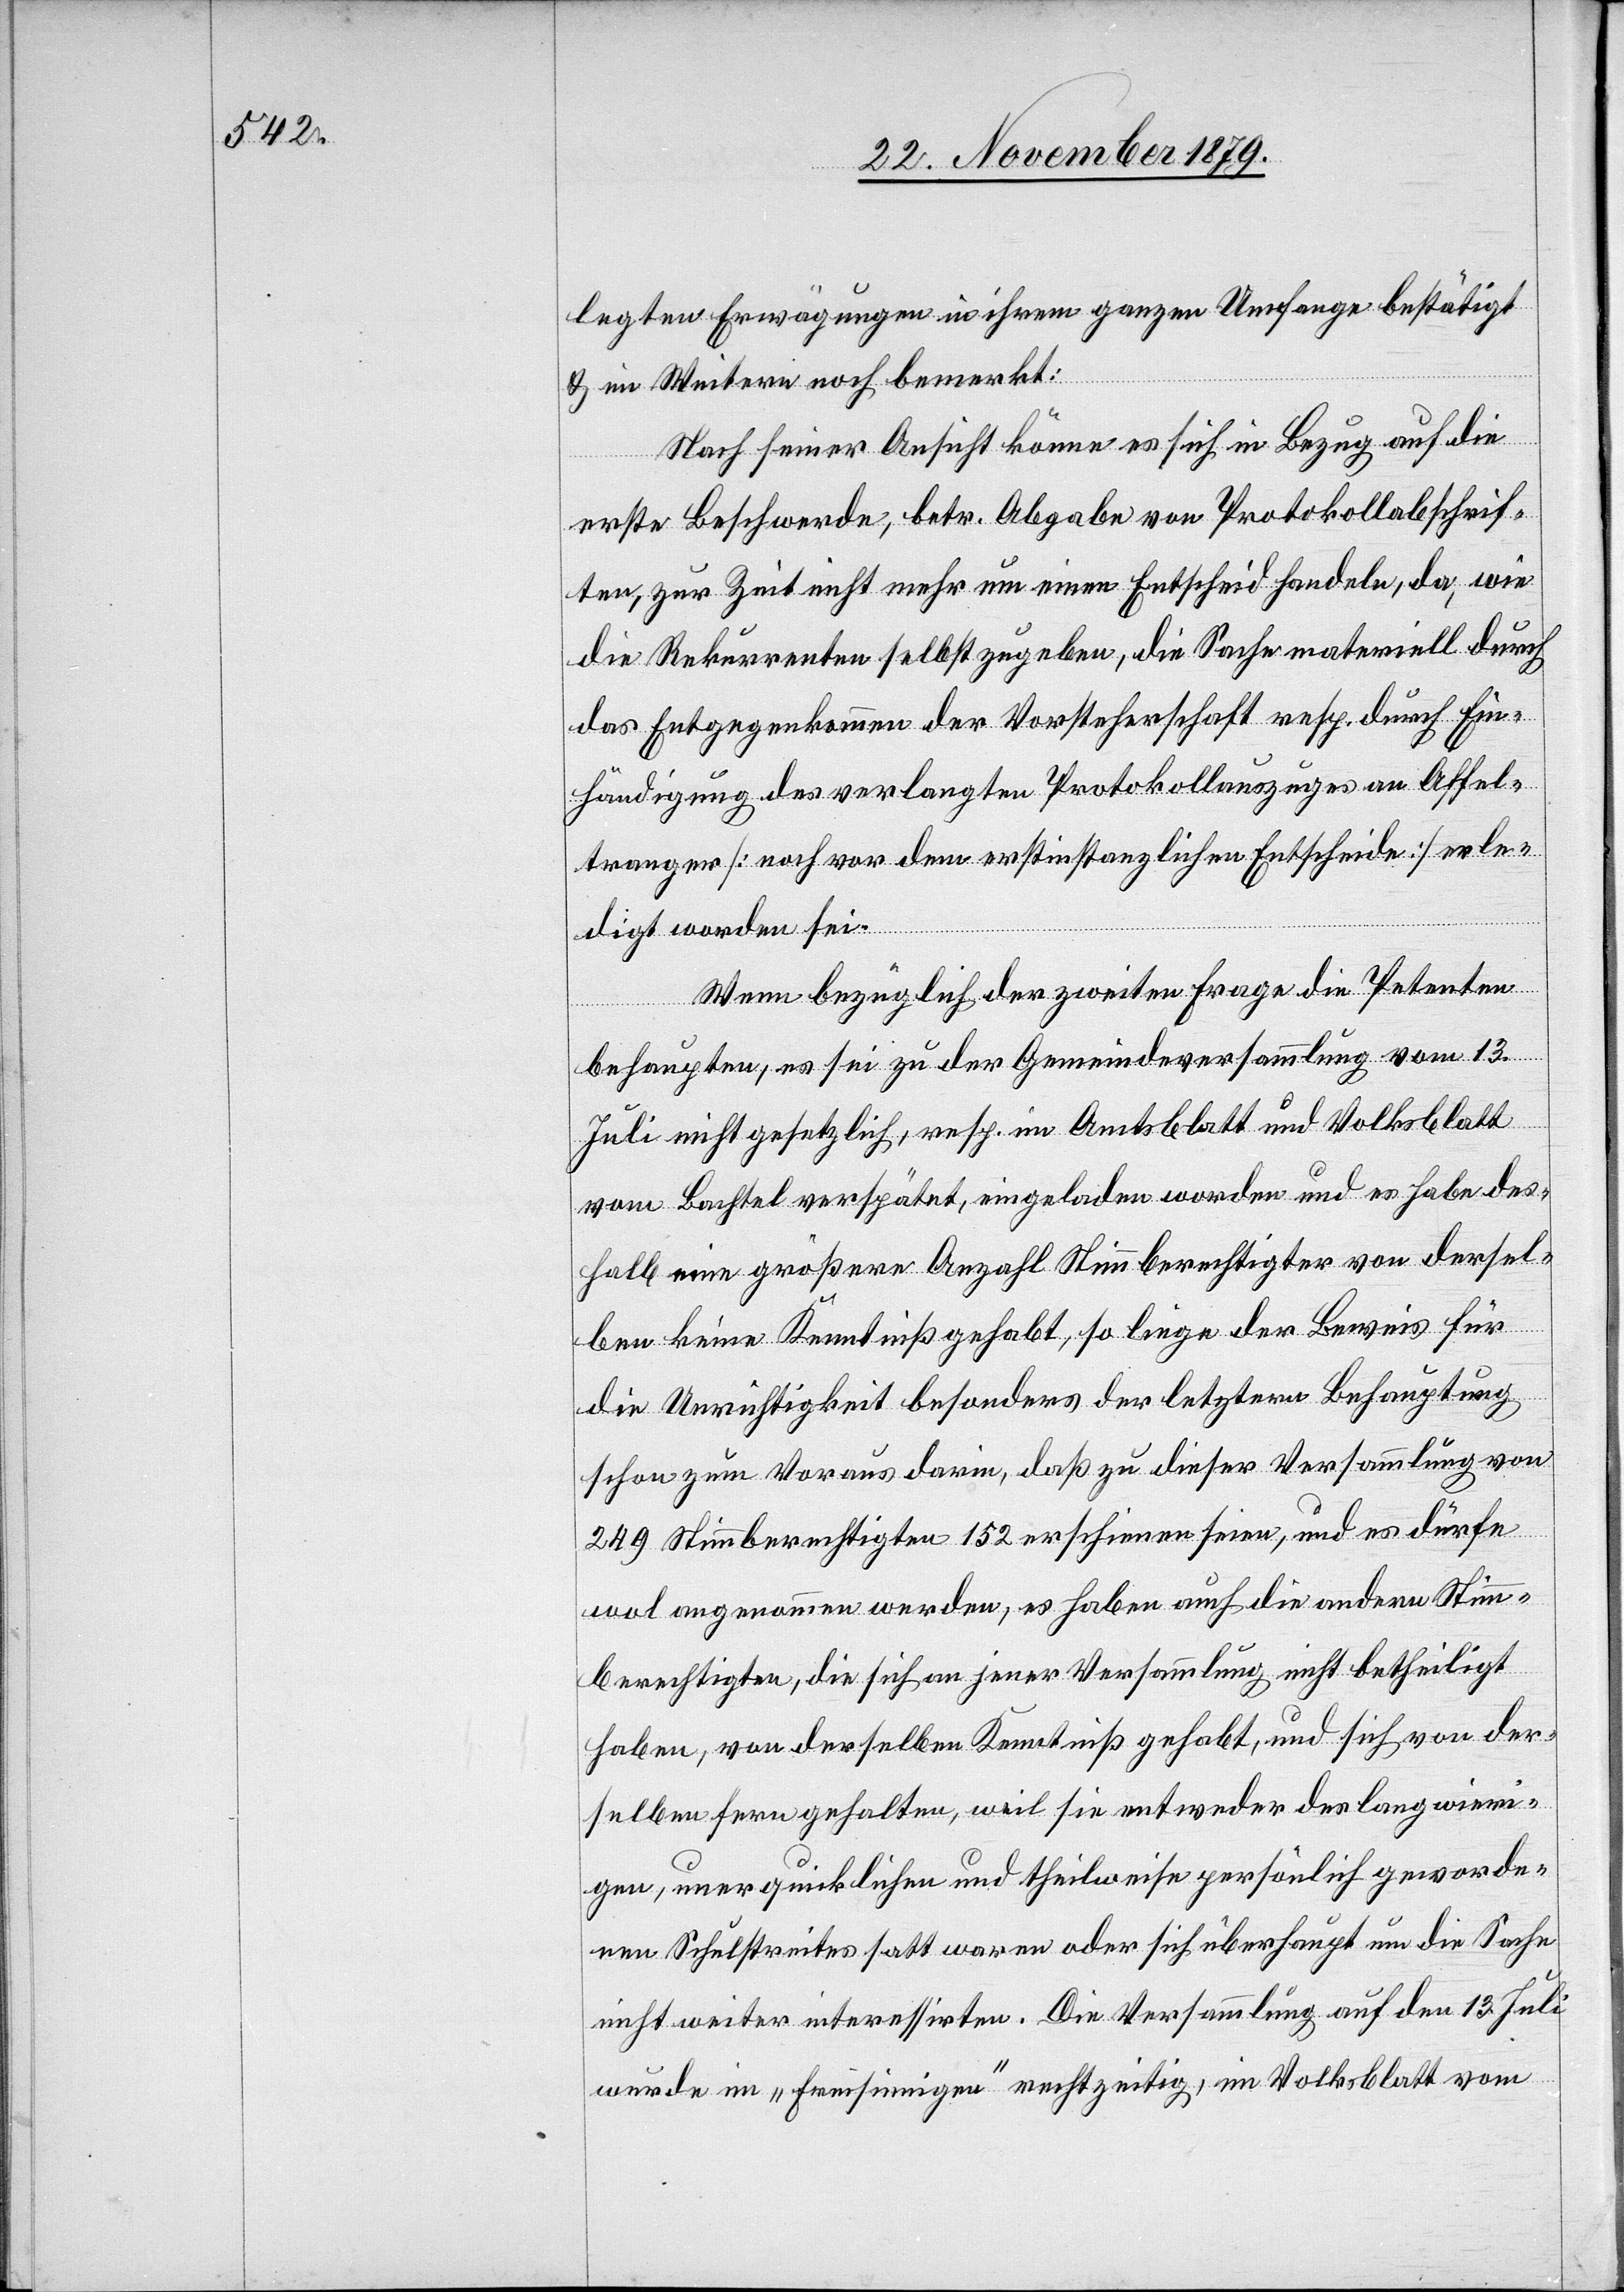
legten Erwägungen in ihrem ganzen Umfange bestätigt
& im Weitern noch bemerkt:
Nach seiner Ansicht könne es sich in Bezug auf die
erste Beschwerde, betr. Abgabe von Protokollabschrif¬
ten, zur Zeit nicht mehr um einen Entscheid handeln, da, wie
die Rekurrenten selbst zugeben, die Sache materiell durch
das Entgegenkommen der Vorsteherschaft resp. durch Ein¬
händigung des verlangten Protokollauszuges an Affel¬
tranger [noch vor dem erstinstanzlichen Entscheide] erle¬
digt worden sei.
Wenn bezüglich der zweiten Frage die Petenten
behaupten, es sei zu der Gemeindeversammlung vom 13.
Juli nicht gesetzlich, resp. im Amtsblatt und Volksblatt
von Bachtel verspätet, eingeladen worden und es habe des¬
halb eine größere Anzahl Stimmberechtigter von dersel¬
ben keine Kenntniß gehabt, so liege der Beweis für
die Unrichtigkeit besonders der letztern Behauptung
schon zum Voraus darin, daß zu dieser Versammlung von
249 Stimmberechtigten 152 erschienen seien, und es dürfe
wol angenommen werden, es haben auch die andern Stimm¬
berechtigten, die sich an jener Versammlung nicht betheiligt
haben, von derselben Kenntniß gehabt, und sich von der
selben fern gehalten, weil sie entweder des langwiri¬
gen, unerquicklichen und theilweise persönlich geworde¬
nen Schulstreites satt waren oder sich überhaupt um die Sache
nicht weiter interessirten. Die Versammlung auf den 13. Juli
wurde im „Freisinnigen“ rechtzeitig, im Volksblatt vom